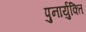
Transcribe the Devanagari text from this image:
पुनार्युक्ति